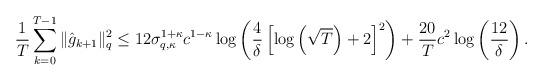
LaTeX: \begin{align*} \frac{1}{T} \sum \limits_{k=0}^{T-1} \|\hat{g}_{k+1}\|^{2}_q \leq 12\sigma_{q,\kappa}^{1+\kappa} c^{1 - \kappa} \log\left( \frac4\delta\left[ \log\left(\sqrt{T}\right)+2\right]^2\right) + \frac{20}{T}c^2\log\left(\frac{12}{\delta}\right).\end{align*}